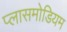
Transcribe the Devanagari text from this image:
प्लासमोडियम